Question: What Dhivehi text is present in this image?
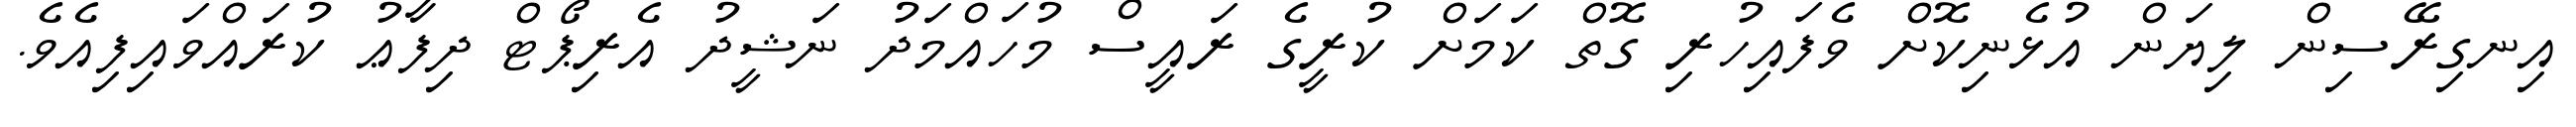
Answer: އިނގިރޭސިން ލިޔަން އުޅެނިކޮށް ވެފައިހުރި ގޮތް ކަމަށް ކުރީގެ ރައީސް މުހައްމަދު ނަޝީދު އެރިޕޯޓް ދިފާޢު ކުރައްވައިފިއެވެ.